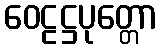
ဝေဠဋ္ဌပုတ္တော